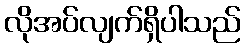
လိုအပ်လျက်ရှိပါသည်